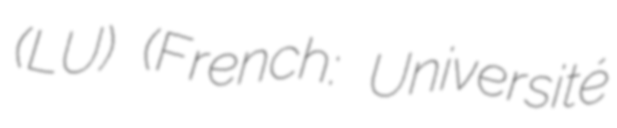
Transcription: (LU) (French: Université